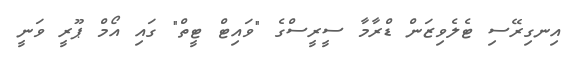
އިނގިރޭސި ޓެލެވިޒަން ޑްރާމާ ސީރީސްގެ "ވައިޓް ޓީތް" ގައި އޯމް ޕޫރީ ވަނީ